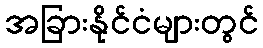
အခြားနိုင်ငံများတွင်